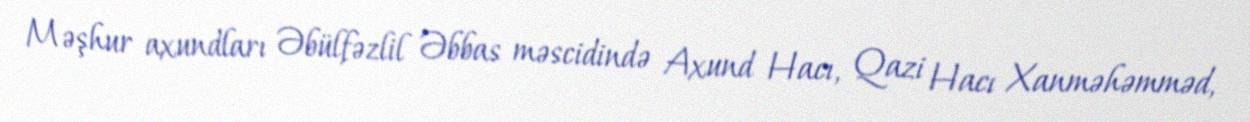
Məşhur axundları Əbülfəzlil Əbbas məscidində Axund Hacı, Qazi Hacı Xanməhəmməd,